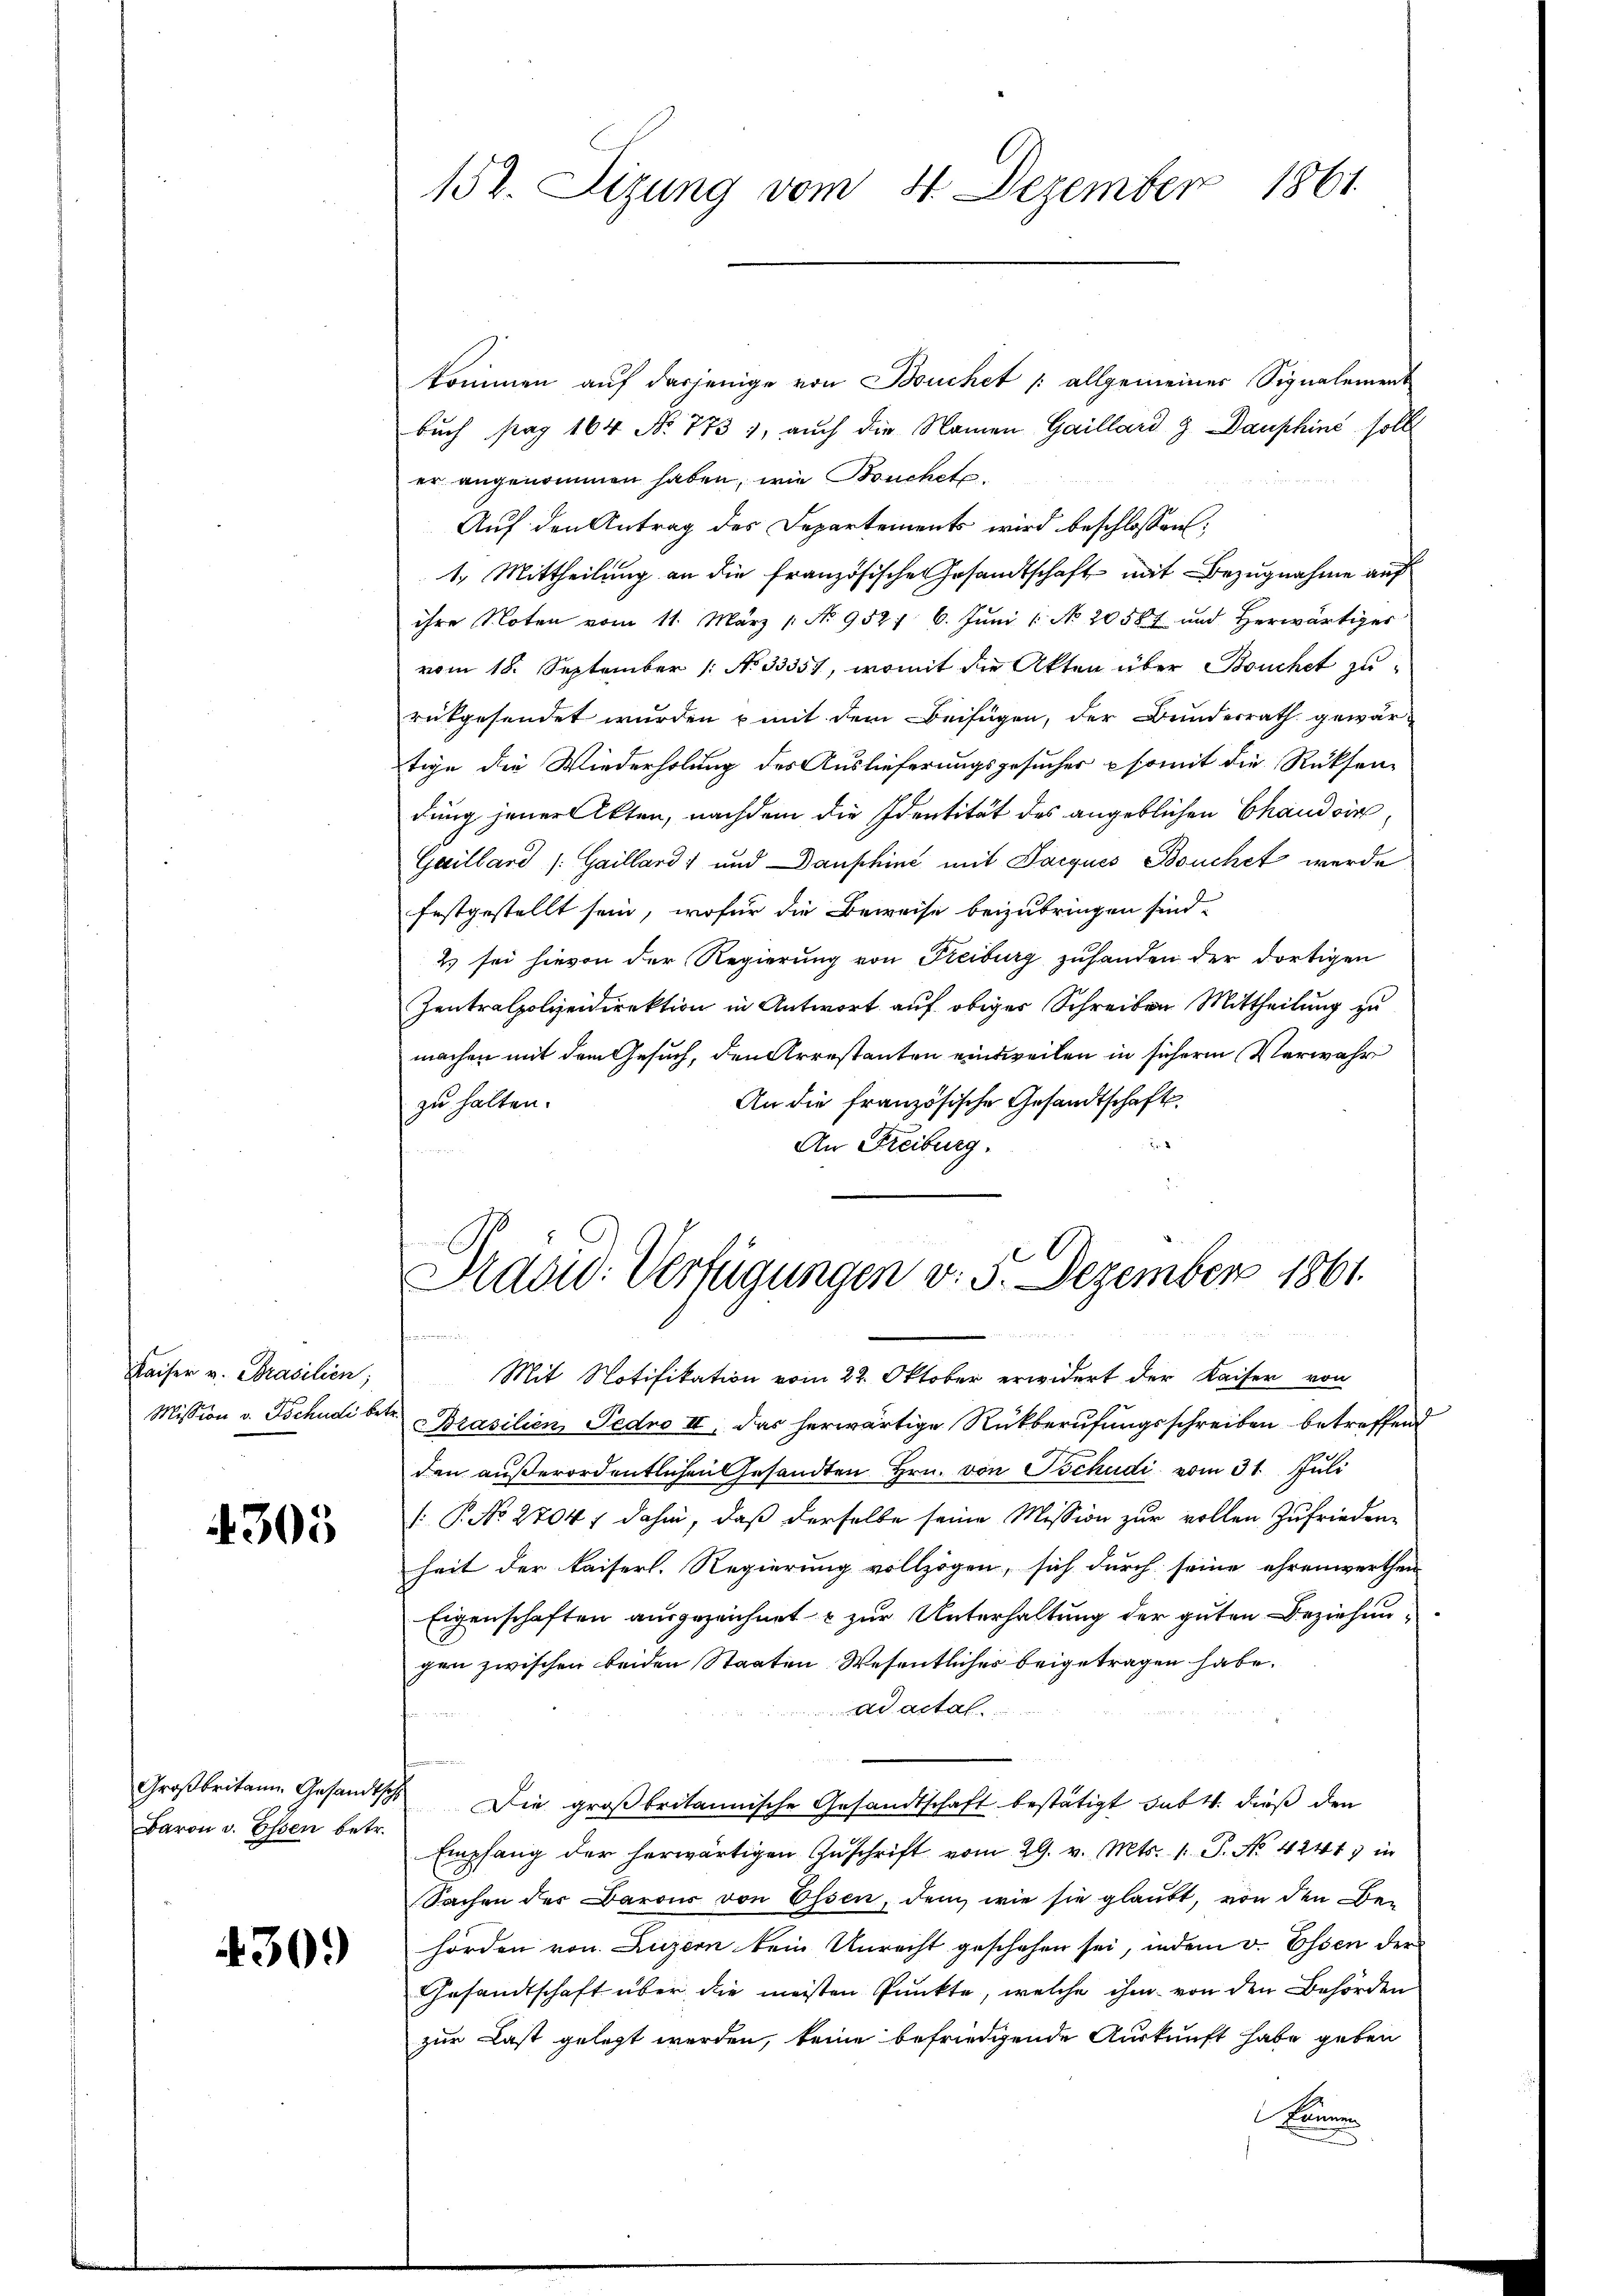
Kaiser v. Prasilien;
Mission v. Tschudi betr

305

Baron v. Essen betr.

430.

kommen auf dasjenige von Buchet /: allgemeiner Signalement
buch pag 164 No. 773 1, auch die Namen Gaillard & Dauphine sollt
er angenommen haben, wie Bruchete.
Auf den Antrag des Departements wird beschlossen:
1. Mittheilung an die französische Gesandtschaft mit Bezugnahme auf
ihre Noten vom 11. März 1. No 952/ 6. Juni 1 No 20587 und herwärtiges
vom 18. September (: No 3335), womit die Akten über Bouchet zureitgesendet wurden mit dem Beifügen, der Bundesrath gewär-
tige die Wiederholung des Auslieferungsgesucher somit die Rücksendung jener Akten, nachdem die Identität des angeblichen Chandein
Gaillard /: Gailland) und aushine mit Jacques Bouchet werde
festgestellt sein, wofür die Beweise beizubringen sind.
Es sei hievon der Regierung von Freiburg zuhanden der dortigen
Zentralpolizeidirektion in Antwort auf obiger Schreiben Mittheilung zu
machen mit dem Gesuch, den Arrestanten einsweilen in sicher Verwahr
An die französische Gesandtschaft.
zu halten.
2
An Freiburg.

152. Sizung vom 4. Dezember 1861

Präsid. Verfügungen v. 5. Dezember 1861.

Mit Notifikation vom 22. Oktober erwidert der Kaiser von
Brasilien, Fedro II. Das herwärtige Rückberufungsschreiben betreffend
den außerordentlichen Gesandten Hrn. von Tschudi vom 31. Juli
: P. No 2704; dahin, daß derselbe seine Mission zur vollen Zufriedenheit der kaiserl. Regierung vollzogen, sich durch seine ehrenwerthen
Eigenschaften ausgezeichnet & zur Unterhaltung der guten Beziehungen zwischen beiden Staaten Wesentlicher beigetragen habe.
ad actat
e
Großbritain Gesandtsch Die großbritannische Gesandtschaft bestätigt sub 1. dieß den
Empfang der herwärtigen Zŭschrift vom 29. v. Mts. 1. P. No 4241, in
Sachen des Barons von Essen, dem wie sie glaubt, von den Behörden von Luzern kein Unrecht geschehen sei, indem v. Essen der
Gesandtschaft über die meisten Pŭnkte, welche ihm von den Behörden
zur Last gelegt werden, keine befriedigende Auskunft habe geben
kammen